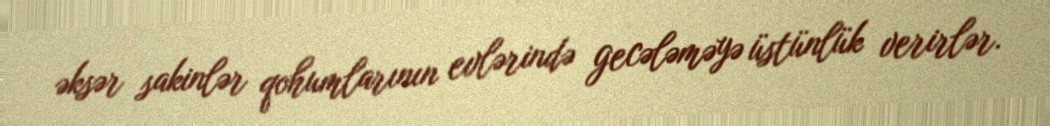
əksər sakinlər qohumlarının evlərində gecələməyə üstünlük verirlər.